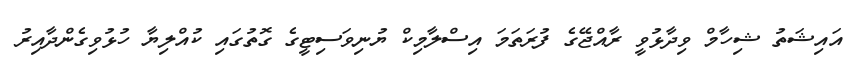
އައިޝަތު ޝިހާމް ވިދާޅުވީ ރާއްޖޭގެ ފުރަތަމަ އިސްލާމިކް ޔުނިވަސިޓީގެ ގޮތުގައި ކުއްލިޔާ ހުޅުވިގެންދާއިރު